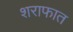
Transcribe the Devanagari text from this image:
शराफात